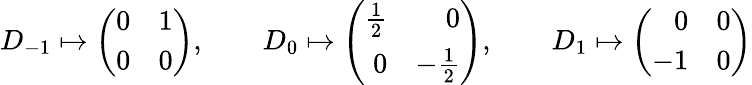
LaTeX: D_{-1}\mapsto\left(\begin{array}{rr}{{0}}&{{1}}\\ {{0}}&{{0}}\end{array}\right),\qquad D_{0}\mapsto\left(\begin{array}{rr}{{{\textstyle\frac 12}}}&{{0}}\\ {{0}}&{{-{\textstyle\frac 12}}}\end{array}\right),\qquad D_{1}\mapsto\left(\begin{array}{rr}{{0}}&{{0}}\\ {{-1}}&{{0}}\end{array}\right)